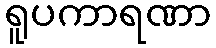
ရူပကာရဏာ